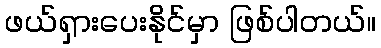
ဖယ်ရှားပေးနိုင်မှာ ဖြစ်ပါတယ်။